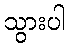
သွားပါ